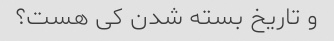
و تاریخ بسته شدن کی هست؟